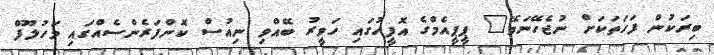
ބިރަކުން ފަހަތަކަށް ނުޖެހޭނަމޭ" ޕީޕީއެމްގެ އޮފީހުގައި ހަވީރު ބޭއްވި ނިއުސް ކޮންފަރެންސެއްގައި މަހުލޫފް